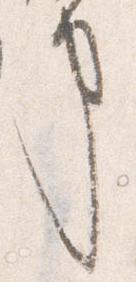
事